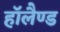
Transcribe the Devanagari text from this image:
हाॅलैण्ड